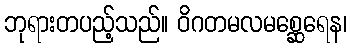
ဘုရားတပည့်သည်။ ဝိဂတမလမစ္ဆေရေန၊